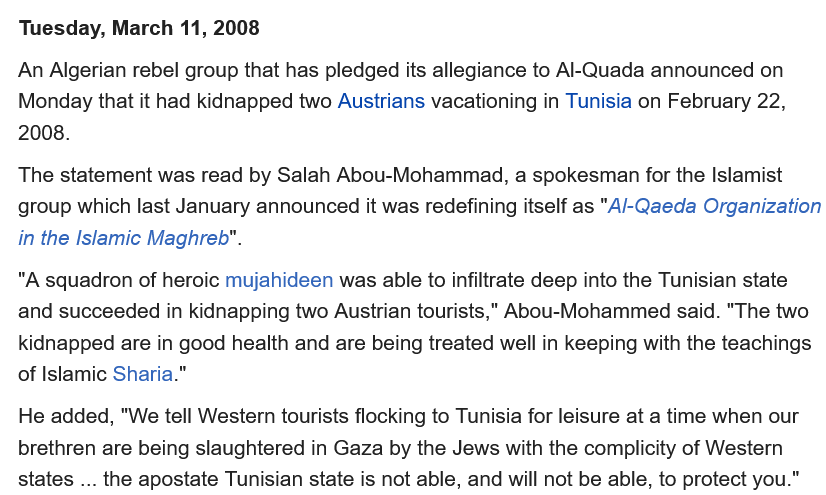
Tuesday, March 11, 2008
  An Algerian rebel group that has pledged its allegiance to Al-Quada announced on
  Monday that it had kidnapped two Austrians vacationing in Tunisia on February 22,
  2008.
  The statement was read by Salah Abou-Mohammad, a spokesman for the Islamist
  group which last January announced it was redefining itself as "A/-Qaeda Organization
  in the Islamic Maghreb".

   ‘A squadron of heroic mujahideen was able to infiltrate deep into the Tunisian state
  and succeeded in kidnapping two Austrian tourists," Abou-Mohammed said. "The two
  kidnapped are in good health and are being treated well in keeping with the teachings
  of Islamic Sharia."
  He added, "We tell Western tourists flocking to Tunisia for leisure at a time when our
  brethren are being slaughtered in Gaza by the Jews with the complicity of Western
  states
     ...
     the apostate Tunisian state is not able, and will not be able, to protect you."